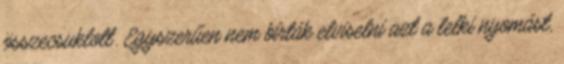
összecsuklott. Egyszerűen nem bírták elviselni azt a lelki nyomást,